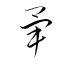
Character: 畢